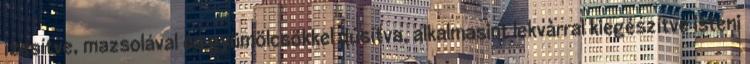
ízesítve, mazsolával és gyümölcsökkel dúsítva, alkalmasint lekvárral kiegészítve isteni